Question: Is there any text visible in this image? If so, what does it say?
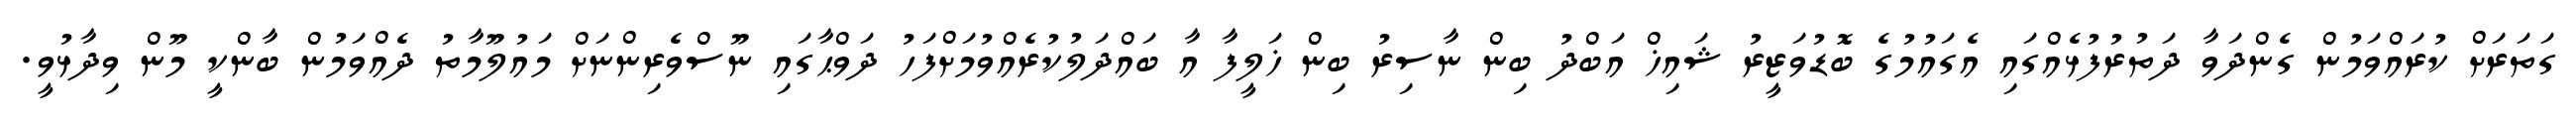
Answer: ގަތަރަށް ކުރައްވަމުން ގެންދަވާ ދަތުރުފުޅެއްގައި އެގައުމުގެ ބޮޑުވަޒީރު ޝައިޚް އަބްދު ބިން ނާސިރު ބިން ޚަލީފާ އާ ބައްދަލުކުރެއްވުމަށްފަހު ދަވްޙާގައި ނޫސްވެރިންނަށް މައުލޫމާތު ދެއްވަމުން ބާންކީ މޫން ވިދާޅުވީ.